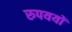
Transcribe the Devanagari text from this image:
रुपययों